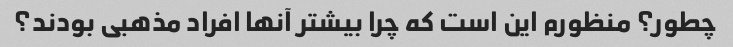
چطور؟ منظورم این است که چرا بیشتر آنها افراد مذهبی بودند؟